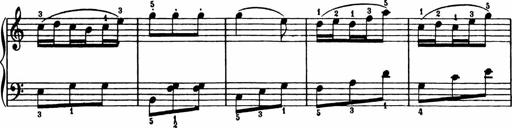
Title: Analytical Sonatinas
Composer: Frank Lynes